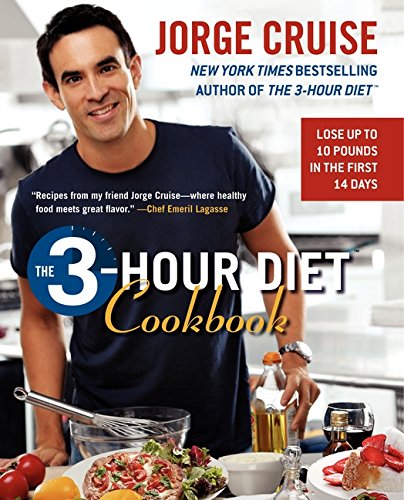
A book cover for The 3-Hour Diet Cookbook; Jorge Cruise; Health, Fitness & Dieting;